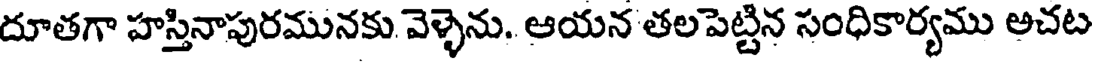
దూతగా హస్తినాపురమునకు వెళ్ళెను. ఆయన తలపెట్టిన సంధికార్యము అచట